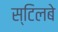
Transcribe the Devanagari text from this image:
स्टिलबे